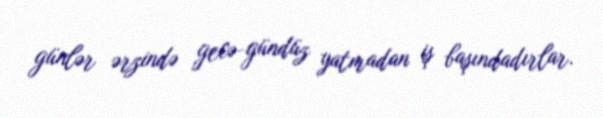
günlər ərzində gecə-gündüz yatmadan iş başındadırlar.